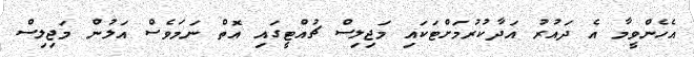
އެހެންވީމާ އެ ދައުރު އަދާކުރުމަށްޓަކައި މަޖިލިސް ޗުއްޓީގައި އޮތް ނަމަވެސް އަލުން މަޖިލިސް